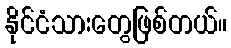
နိုင်ငံသားတွေဖြစ်တယ်။